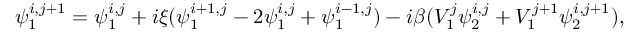
\psi _ { 1 } ^ { i , j + 1 } = \psi _ { 1 } ^ { i , j } + i \xi ( \psi _ { 1 } ^ { i + 1 , j } - 2 \psi _ { 1 } ^ { i , j } + \psi _ { 1 } ^ { i - 1 , j } ) - i \beta ( V _ { 1 } ^ { j } \psi _ { 2 } ^ { i , j } + V _ { 1 } ^ { j + 1 } \psi _ { 2 } ^ { i , j + 1 } ) ,